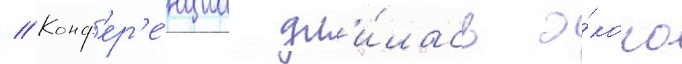
// Конф'ер'е́нциа дл'и́лась о́коло